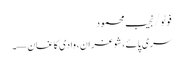
فوٹو/نجیب محمود
سری پائے، شوغران، وادی کاغان —۔